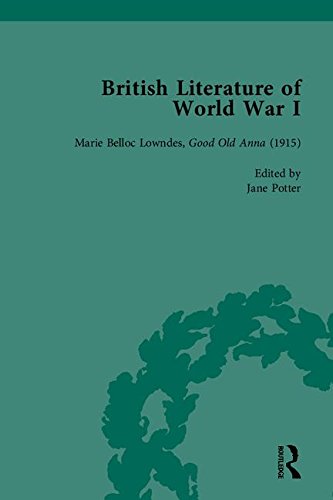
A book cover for British Literature of World War I; Angela K Smith; Literature & Fiction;